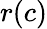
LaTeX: r(c)